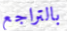
بالتراجع